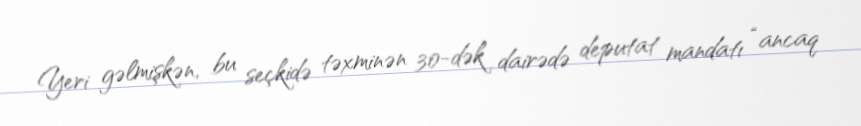
Yeri gəlmişkən, bu seçkidə təxminən 30-dək dairədə deputat mandatı “ancaq